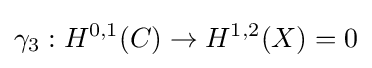
\gamma _{3}:H^{0,1}(C)\to H^{1,2}(X)=0